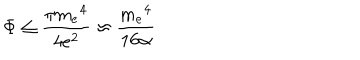
\Phi \leq \frac { \pi { m _ { e } } ^ { 4 } } { 4 e ^ { 2 } } \approx \frac { { m _ { e } } ^ { 4 } } { 1 6 \alpha }